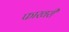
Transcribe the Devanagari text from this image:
फाखरी